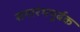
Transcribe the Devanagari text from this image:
समारंभपूर्बक